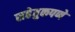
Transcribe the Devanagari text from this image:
सहेतुकपणे